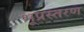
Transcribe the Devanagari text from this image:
भूप्रस्तरण